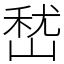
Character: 嵆